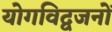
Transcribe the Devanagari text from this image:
योगविद्वजनों